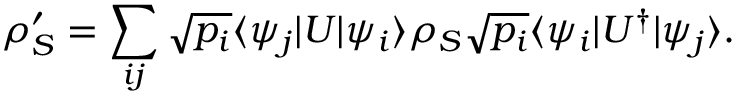
\rho _ { S } ^ { \prime } = \sum _ { i j } { \sqrt { p _ { i } } } \langle \psi _ { j } | U | \psi _ { i } \rangle \rho _ { S } { \sqrt { p _ { i } } } \langle \psi _ { i } | U ^ { \dagger } | \psi _ { j } \rangle .